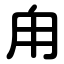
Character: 甪